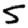
Digit: 5